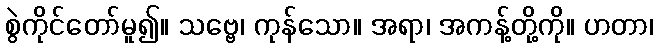
စွဲကိုင်တော်မူ၍။ သဗ္ဗေ၊ ကုန်သော။ အရာ၊ အကန့်တို့ကို။ ဟတာ၊